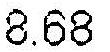
8.68